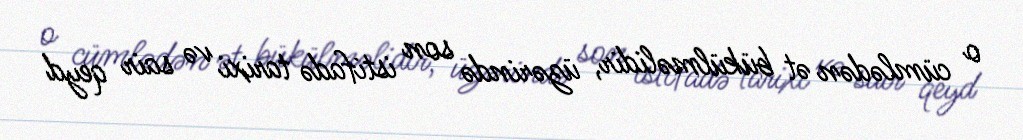
o cümlədən ət bükülməlidir, üzərində son istifadə tarixi və sair qeyd